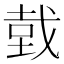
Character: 𢧑